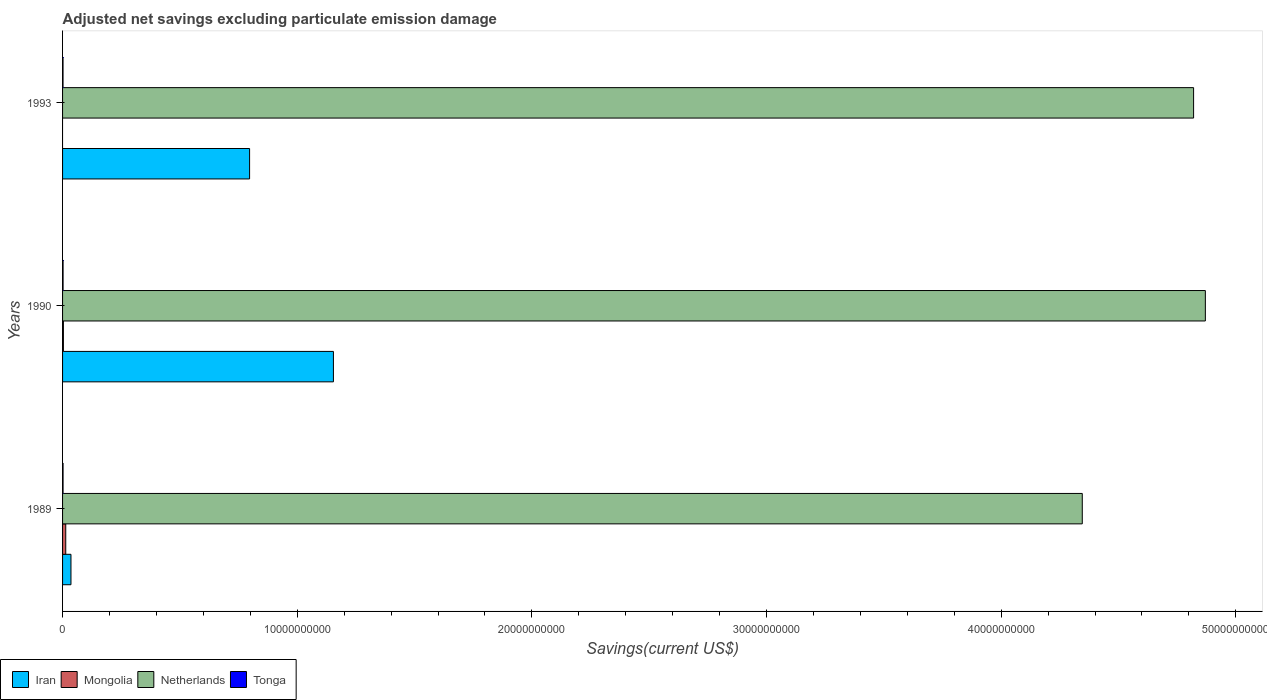
| Years | Iran | Mongolia | Netherlands | Tonga |
 | --- | --- | --- | --- | --- |
 | 1989 | 3.58e+08 | 1.35e+08 | 4.35e+10 | 2.09e+07 |
 | 1990 | 1.15e+10 | 3.55e+07 | 4.87e+10 | 2.17e+07 |
 | 1993 | 7.97e+09 | -1.68e+07 | 4.82e+10 | 2.01e+07 |